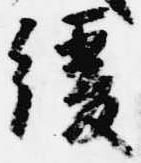
緩